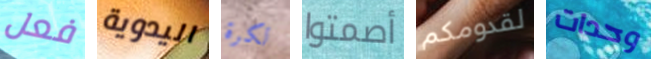
فعل اليدوية لكرة أصمتوا لقدومكم وحدات